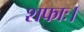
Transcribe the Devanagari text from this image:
शफाः।